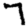
Digit: 7